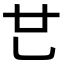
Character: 𠃟